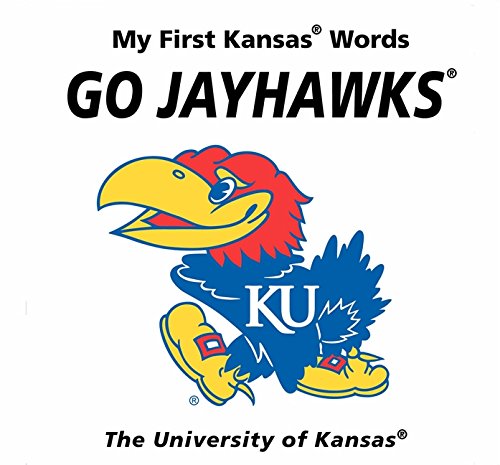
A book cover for My First Kansas Words Go Jayhawks; Connie McNamara; Humor & Entertainment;